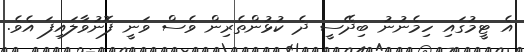
އެ ޓީމުގައި ހިމެނުނު ބިދޭސީ ދެ ކުޅުންތެރިން ވެސް ވަނީ ފޮނުވާލައިފަ އެވެ.